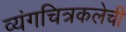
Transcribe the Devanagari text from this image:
व्यंगचित्रकलेची